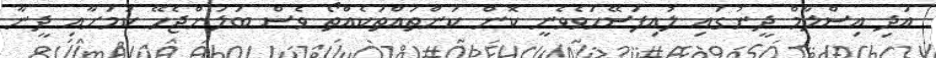
އަދި އިސްލާމް ދީނުގައި ލުއިފަސޭހަވެވެނީ ކޮން ކަންތައްތަކެއްތޯ ވެސް ބަލަންޖެހޭ ކަމަށާއި ދީނާ